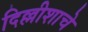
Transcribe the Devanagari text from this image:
दिल्लीशाचे